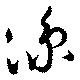
凉